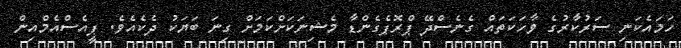
ހަމައެކަނި ސަރުކާރުގެ ވާހަކަތައް ގެނެސްދޭ ޕްރޮޕެގެންޑާ މެޝިނަކަށްކަމަށް ގިނަ ބަޔަކު ދެކެއެވެ. ޕީއެސްއެމްއިން